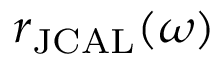
r _ { \mathrm { J C A L } } ( \omega )